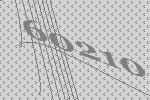
60210